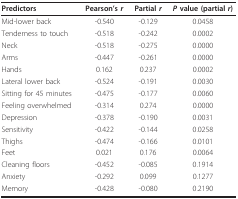
<table><thead><tr><td><b>Predictors</b></td><td><b>Pearson&#x27;s <i>r</i></b></td><td><b>Partial <i>r</i></b></td><td><b><i>P </i>value (partial <i>r</i>)</b></td></tr></thead><tbody><tr><td>Mid-lower back</td><td>-0.540</td><td>-0.129</td><td>0.0458</td></tr><tr><td>Tenderness to touch</td><td>-0.518</td><td>-0.242</td><td>0.0002</td></tr><tr><td>Neck</td><td>-0.518</td><td>-0.275</td><td>0.0000</td></tr><tr><td>Arms</td><td>-0.447</td><td>-0.261</td><td>0.0000</td></tr><tr><td>Hands</td><td>0.162</td><td>0.237</td><td>0.0002</td></tr><tr><td>Lateral lower back</td><td>-0.524</td><td>-0.191</td><td>0.0030</td></tr><tr><td>Sitting for 45 minutes</td><td>-0.475</td><td>-0.177</td><td>0.0060</td></tr><tr><td>Feeling overwhelmed</td><td>-0.314</td><td>0.274</td><td>0.0000</td></tr><tr><td>Depression</td><td>-0.378</td><td>-0.190</td><td>0.0031</td></tr><tr><td>Sensitivity</td><td>-0.422</td><td>-0.144</td><td>0.0258</td></tr><tr><td>Thighs</td><td>-0.474</td><td>-0.166</td><td>0.0101</td></tr><tr><td>Feet</td><td>0.021</td><td>0.176</td><td>0.0064</td></tr><tr><td>Cleaning floors</td><td>-0.452</td><td>-0.085</td><td>0.1914</td></tr><tr><td>Anxiety</td><td>-0.292</td><td>0.099</td><td>0.1277</td></tr><tr><td>Memory</td><td>-0.428</td><td>-0.080</td><td>0.2190</td></tr></tbody></table>